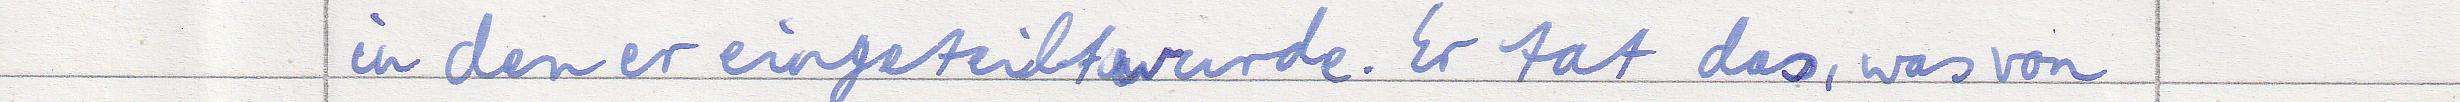
in den er eingeteilt wurde. Er tat das, was von